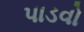
પાડવો